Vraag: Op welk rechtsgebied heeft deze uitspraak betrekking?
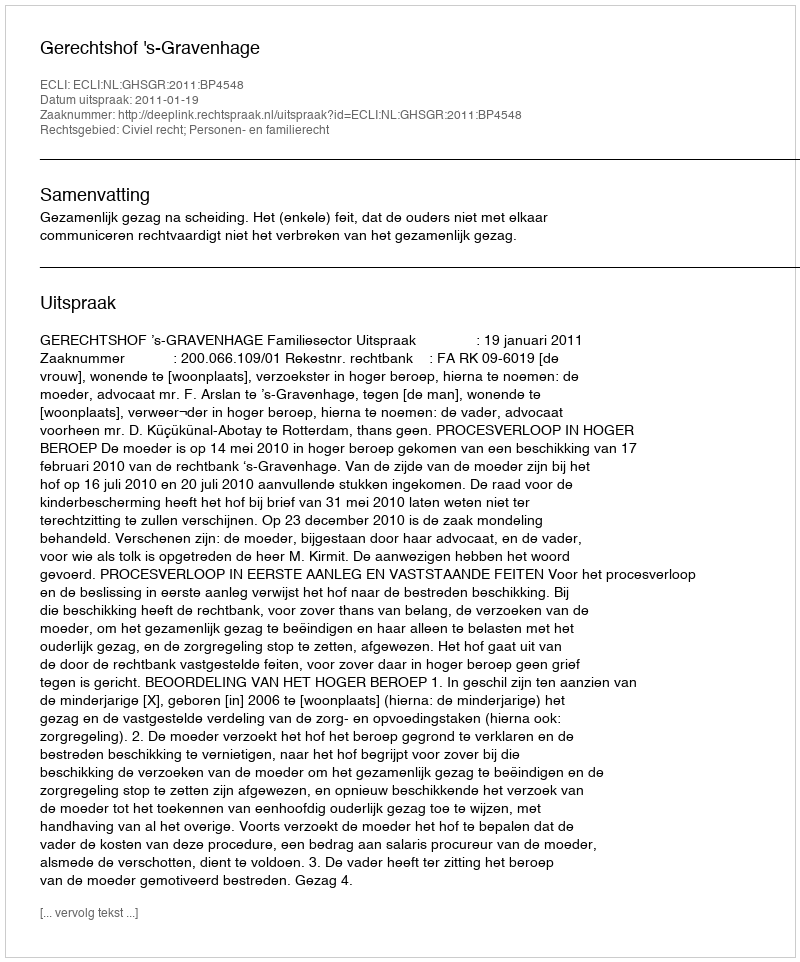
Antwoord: Civiel recht; Personen- en familierecht